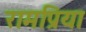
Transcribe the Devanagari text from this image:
रामप्रिया